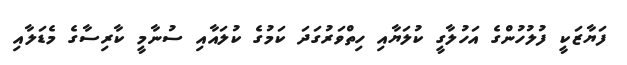
ފަޔާޒަކީ ފުލުހުންގެ އަހުލާގީ ކުލަޔާއި ހިތްވަރުގަދަ ކަމުގެ ކުލައާއި ސުނާމީ ކާރިސާގެ މެޑަލާއި